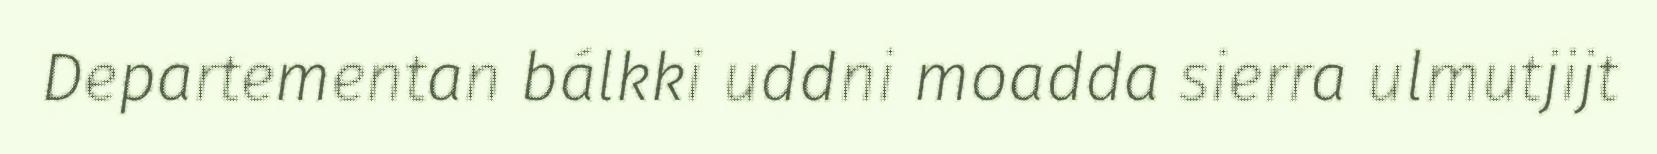
Departementan bálkki uddni moadda sierra ulmutjijt